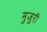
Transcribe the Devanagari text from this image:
मुजुरी